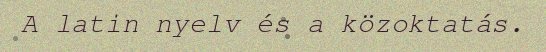
A latin nyelv és a közoktatás.